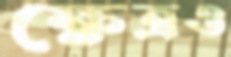
ক্ষেত্রও